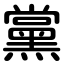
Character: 黨